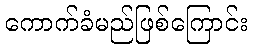
ကောက်ခံမည်ဖြစ်ကြောင်း